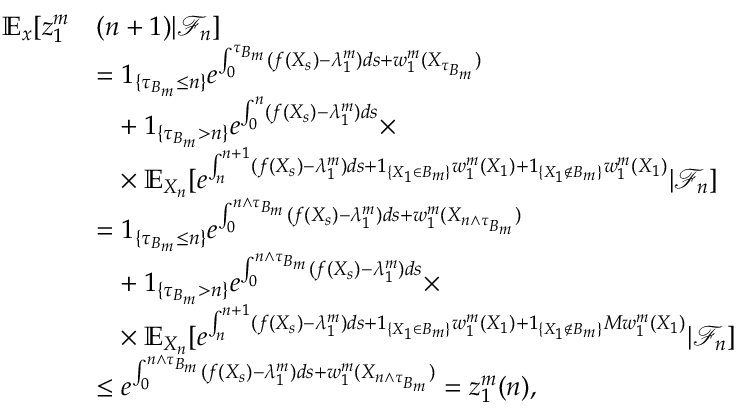
\begin{array} { r l } { \mathbb { E } _ { x } [ z _ { 1 } ^ { m } } & { ( n + 1 ) | \mathcal { F } _ { n } ] } \\ & { = 1 _ { \{ \tau _ { B _ { m } } \leq n \} } e ^ { \int _ { 0 } ^ { \tau _ { B _ { m } } } ( f ( X _ { s } ) - \lambda _ { 1 } ^ { m } ) d s + w _ { 1 } ^ { m } ( X _ { \tau _ { B _ { m } } } ) } } \\ & { \phantom { = } + 1 _ { \{ \tau _ { B _ { m } } > n \} } e ^ { \int _ { 0 } ^ { n } ( f ( X _ { s } ) - \lambda _ { 1 } ^ { m } ) d s } \times } \\ & { \phantom { = } \times \mathbb { E } _ { X _ { n } } [ e ^ { \int _ { n } ^ { n + 1 } ( f ( X _ { s } ) - \lambda _ { 1 } ^ { m } ) d s + 1 _ { \{ X _ { 1 } \in B _ { m } \} } w _ { 1 } ^ { m } ( X _ { 1 } ) + 1 _ { \{ X _ { 1 } \notin B _ { m } \} } w _ { 1 } ^ { m } ( X _ { 1 } ) } | \mathcal { F } _ { n } ] } \\ & { = 1 _ { \{ \tau _ { B _ { m } } \leq n \} } e ^ { \int _ { 0 } ^ { n \wedge \tau _ { B _ { m } } } ( f ( X _ { s } ) - \lambda _ { 1 } ^ { m } ) d s + w _ { 1 } ^ { m } ( X _ { n \wedge \tau _ { B _ { m } } } ) } } \\ & { \phantom { = } + 1 _ { \{ \tau _ { B _ { m } } > n \} } e ^ { \int _ { 0 } ^ { n \wedge \tau _ { B _ { m } } } ( f ( X _ { s } ) - \lambda _ { 1 } ^ { m } ) d s } \times } \\ & { \phantom { = } \times \mathbb { E } _ { X _ { n } } [ e ^ { \int _ { n } ^ { n + 1 } ( f ( X _ { s } ) - \lambda _ { 1 } ^ { m } ) d s + 1 _ { \{ X _ { 1 } \in B _ { m } \} } w _ { 1 } ^ { m } ( X _ { 1 } ) + 1 _ { \{ X _ { 1 } \notin B _ { m } \} } M w _ { 1 } ^ { m } ( X _ { 1 } ) } | \mathcal { F } _ { n } ] } \\ & { \leq e ^ { \int _ { 0 } ^ { n \wedge \tau _ { B _ { m } } } ( f ( X _ { s } ) - \lambda _ { 1 } ^ { m } ) d s + w _ { 1 } ^ { m } ( X _ { n \wedge \tau _ { B _ { m } } } ) } = z _ { 1 } ^ { m } ( n ) , } \end{array}